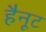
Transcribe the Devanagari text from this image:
हैनूट